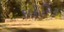
કલીનિક